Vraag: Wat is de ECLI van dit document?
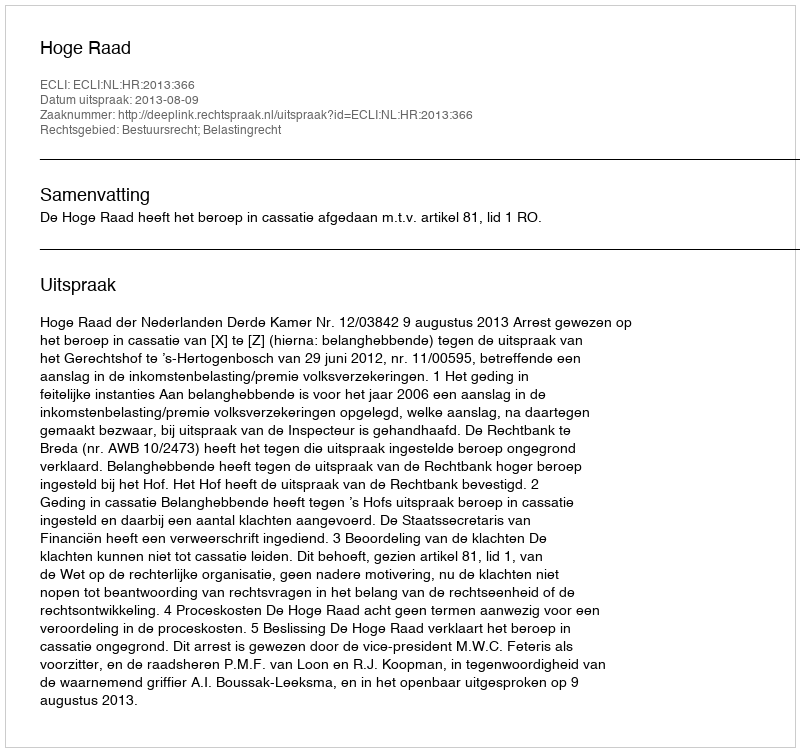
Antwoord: ECLI:NL:HR:2013:366